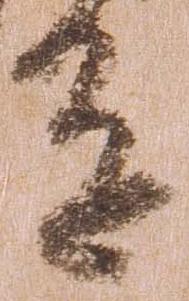
達